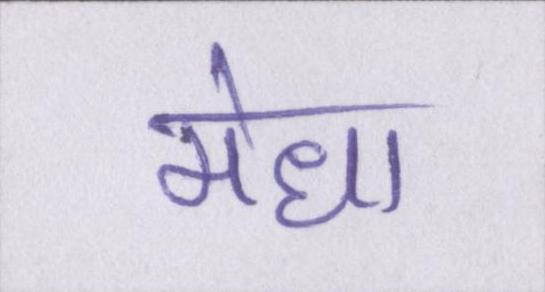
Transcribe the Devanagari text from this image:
मेधा